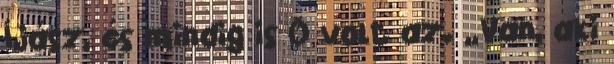
Íjász, és mindig is Õ volt az. „Van, aki